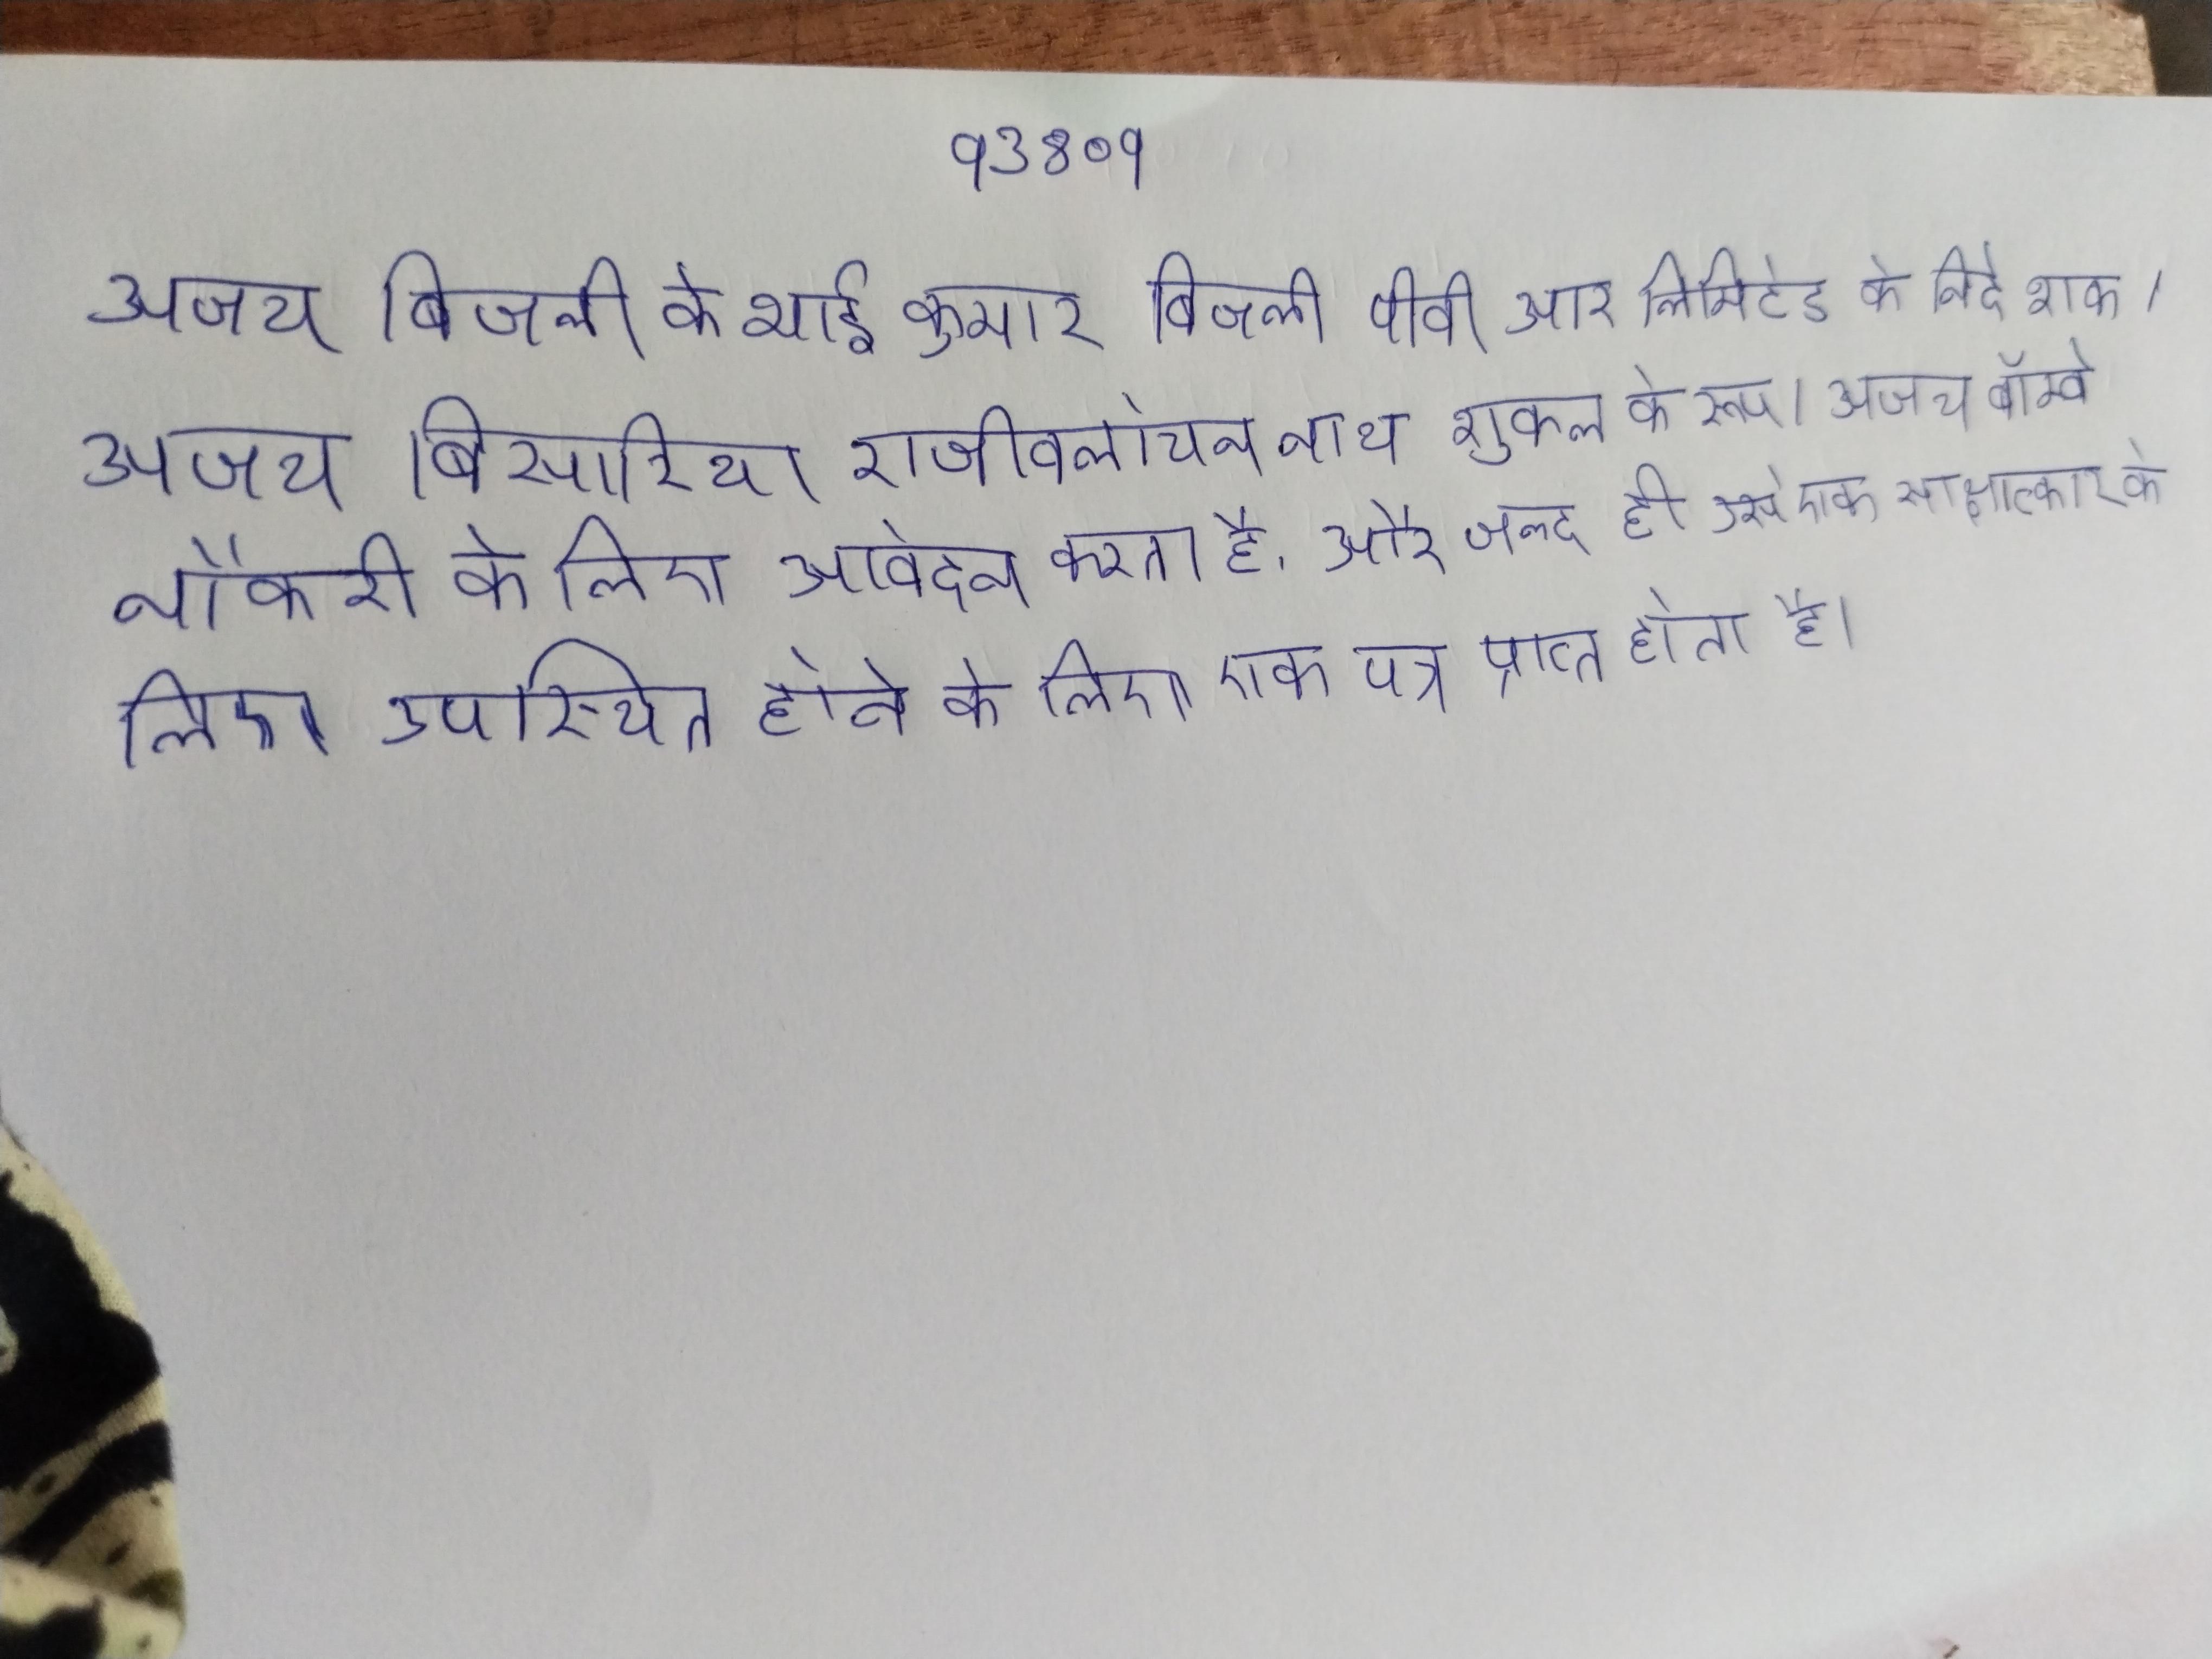
अजय बिजली के भाई कुमार बिजली पीवीआर लिमिटेड के निदेशक । अजय बिसारिया राजीवलोचन नाथ शुक्ल के रूप । अजय बॉम्बे नौकरी के लिए आवेदन करता है, और जल्द ही उसे एक साक्षात्कार के लिए उपस्थित होने के लिए एक पत्र प्राप्त होता है ।